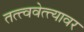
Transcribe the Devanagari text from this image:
तत्त्ववेत्त्यावर